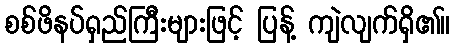
စစ်ဖိနပ်ရှည်ကြီးများဖြင့် ပြန့် ကျဲလျက်ရှိ၏။